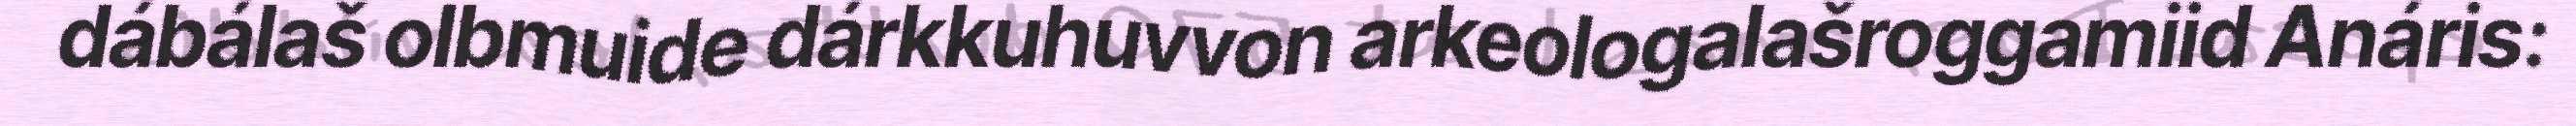
dábálaš olbmuide dárkkuhuvvon arkeologalašroggamiid Anáris: